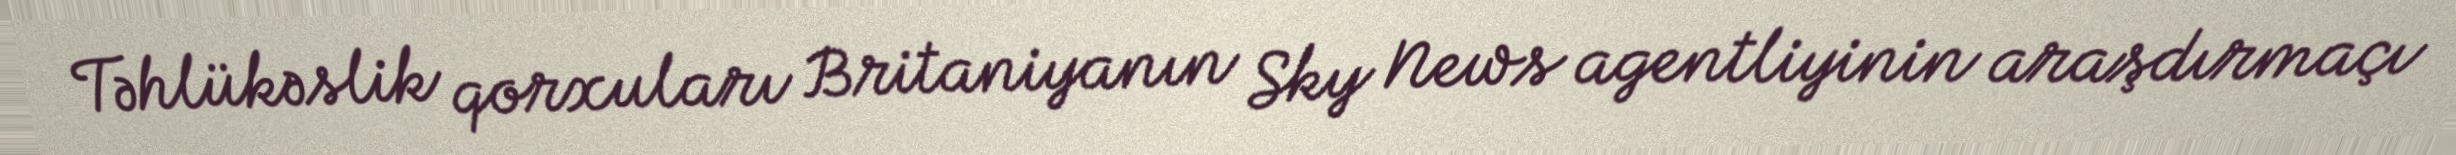
Təhlükəslik qorxuları Britaniyanın Sky News agentliyinin araşdırmaçı